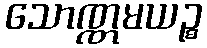
သောဏ္ဏမယဉ္စ